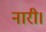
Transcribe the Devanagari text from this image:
नारी।